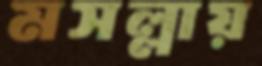
মসল্লায়